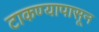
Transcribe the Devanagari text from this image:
टाकण्यापासून